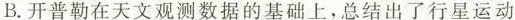
B.开普勒在天文观测数据的基础上，总结出了行星运动